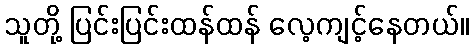
သူတို့ ပြင်းပြင်းထန်ထန် လေ့ကျင့်နေတယ်။